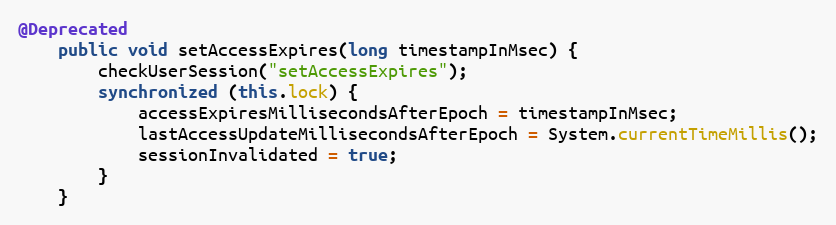
Language: Java
@Deprecated
    public void setAccessExpires(long timestampInMsec) {
        checkUserSession("setAccessExpires");
        synchronized (this.lock) {
            accessExpiresMillisecondsAfterEpoch = timestampInMsec;
            lastAccessUpdateMillisecondsAfterEpoch = System.currentTimeMillis();
            sessionInvalidated = true;
        }
    }